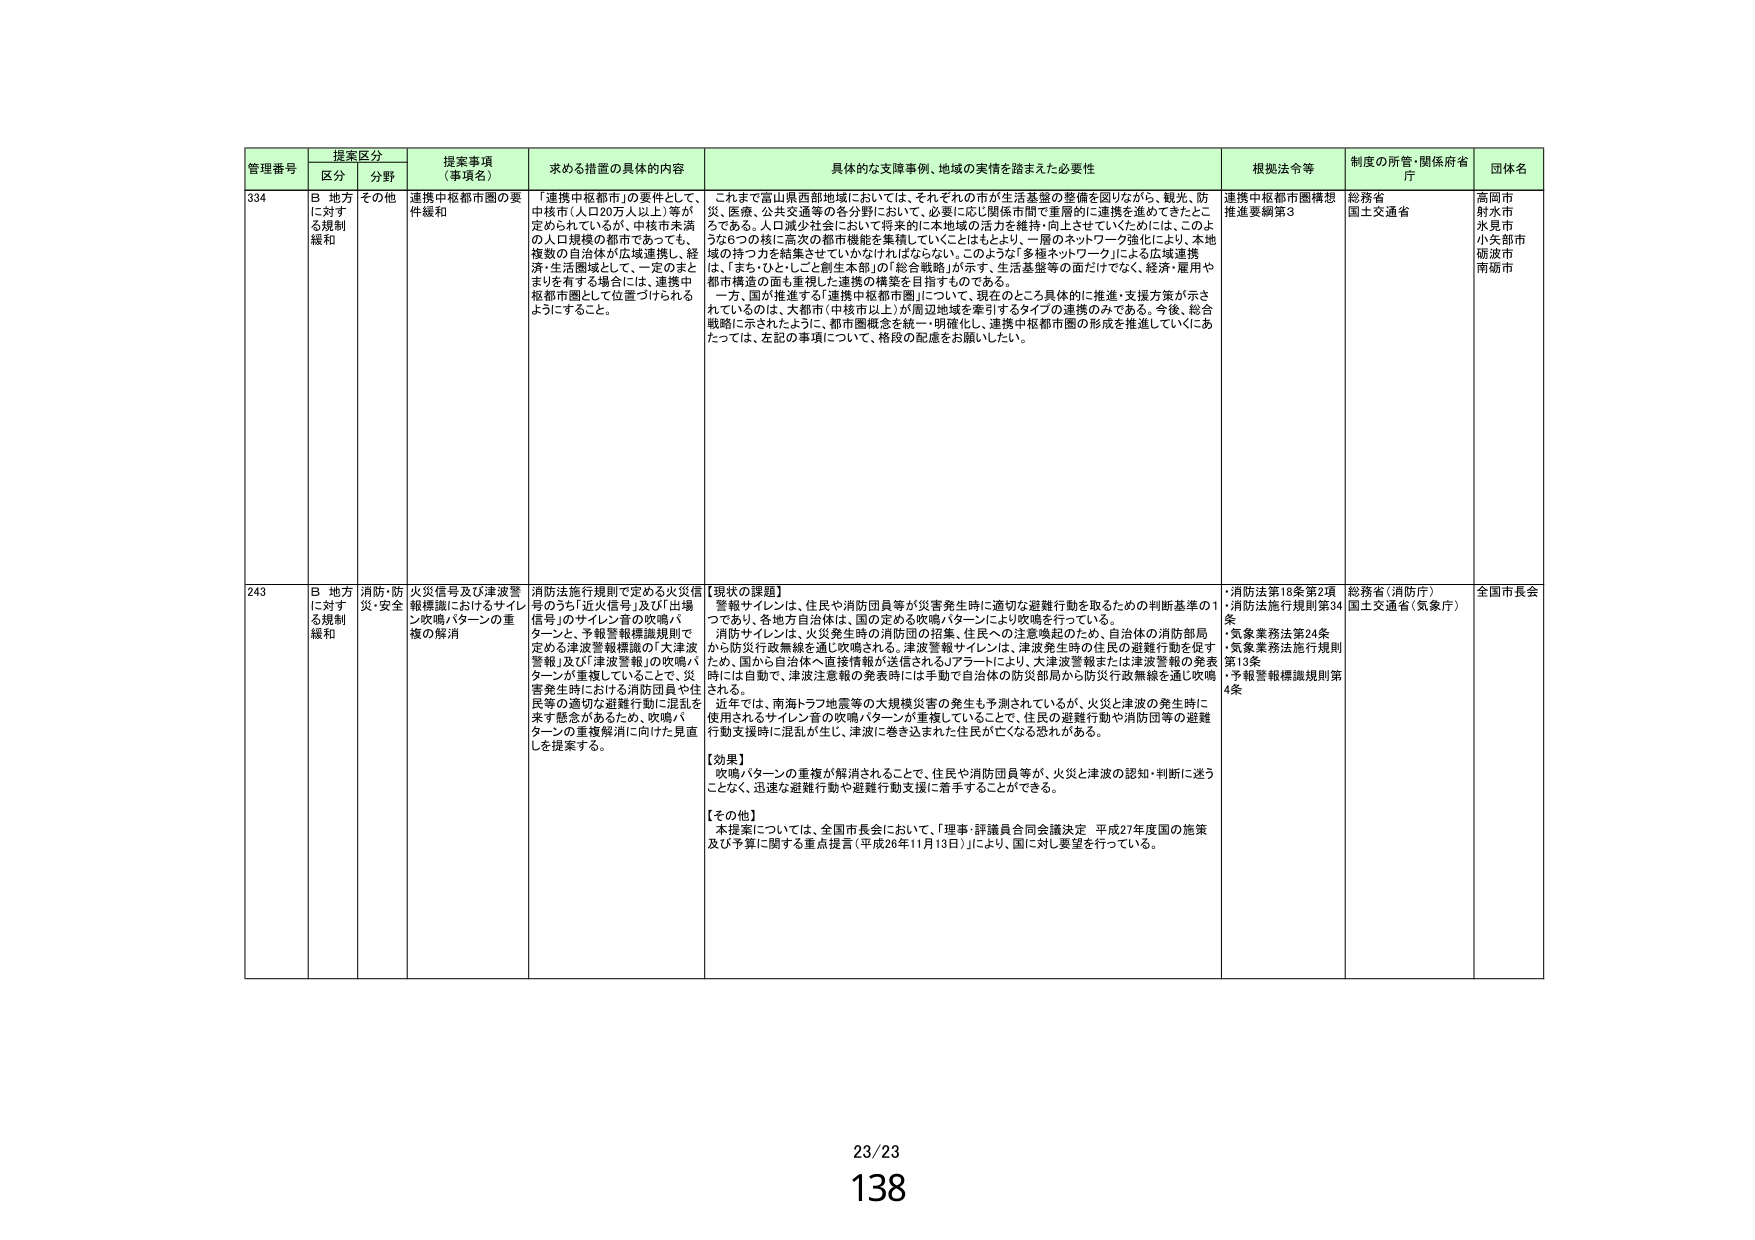
管理番号 提案区分 提案事項（事項名） 求める措置例の具体的内容 具体的な支援事例、地域の実情を踏まえた必要性 根拠法令等 制度の所管・関係府省庁 団体名
区分 分野
334 B 地方に対する規制緩和 その他 連携中枢都市圏の要件緩和 「連携中枢都市」の要件として、中核市（人口20万人以上）等が定められているが、中核市未満の人口規模の都市であっても、複数の自治体が広域連携し、経済・生活圏域として、一定のまとまりを有する場合には、連携中枢都市圏として位置づけられるようにすること。 これまで富山県西部地域においては、それぞれの市が生活基盤の整備を図りながら、観光、防災、医療、公共交通等の各分野において、必要に応じ関係市間で重層的に連携を進めてきたところである。人口減少社会において将来的に本地域の活力を維持・向上させていくためには、このような6つの核に高次の都市機能を集積していくことはもとより、一層のネットワーク強化により、本地域の持つ力を結集させていかなければならない。このような「多極ネットワーク」による広域連携は、「まち・ひと・しごと創生本部」の「総合戦略」が示す、生活基盤等の面だけでなく、経済・雇用や都市構造の面も重視した連携の構築を目指すものである。一方、国が推進する「連携中枢都市圏」について、現在のところ具体的に推進・支援方策が示されているのは、大都市（中核市以上）が周辺地域を牽引するタイプの連携のみである。今後、総合戦略に示されたように、都市圏概念を統一・明確化し、連携中枢都市圏の形成を推進していくにあたっては、左記の事項について、格段の配慮をお願いしたい。 連携中枢都市圏構想推進要綱第3 総務省 国土交通省 高岡市 射水市 水見市 小矢部市 砺波市 南砺市
243 B 地方に対する規制緩和 消防・防災・安全 火災信号及び津波警報機識におけるサイレン吹鳴パターンの重複の解消 消防法施行規則で定める火災信号のうち「近火信号」及び「出場信号」のサイレン音の吹鳴パターンと、予報警報機識規則で定める津波警報機識の「大津波警報」及び「津波警報」の吹鳴パターンが重複していることで、災害発生時における消防団員や住民等の適切な避難行動に混乱を来す懸念があるため、吹鳴パターンの重複解消に向けた見直しを提案する。 【現状の課題】 警報サイレンは、住民や消防団員等が災害発生時に適切な避難行動を取るための判断基準の1つであり、各地方自治体は、国の定める吹鳴パターンにより吹鳴を行っている。消防サイレンは、火災発生時の消防団の招集、住民への注意喚起のため、自治体の消防部局から防災行政無線を通じ吹鳴される。津波警報サイレンは、津波発生時の住民の避難行動を促すため、国から自治体へ直接情報が送信されるJアラートにより、大津波警報または津波警報の発表時には自動で、津波注意報の発表時には手動で自治体の防災部局から防災行政無線を通じ吹鳴される。近年では、南海トラフ地震等の大規模災害の発生も予測されているが、火災と津波の発生時に使用されるサイレン音の吹鳴パターンが重複していることで、住民の避難行動や消防団等の避難行動支援時に混乱が生じ、津波に巻き込まれた住民が亡くなる恐れがある。 【効果】 吹鳴パターンの重複が解消されることで、住民や消防団員等が、火災と津波の認知・判断に迷うことなく、迅速な避難行動や避難行動支援に着手することができる。 【その他】 本提案については、全国市長会において、「理事・評議員合同会議決定 平成27年度国の施策及び予算に関する重点提言（平成26年11月13日）」により、国に対し要望を行っている。 ・消防法第18条第2項 ・消防法施行規則第34条 ・気象業務法第24条 ・気象業務法施行規則第13条 ・予報警報機識規則第4条 総務省（消防庁） 国土交通省（気象庁） 全国市長会
23/23 138